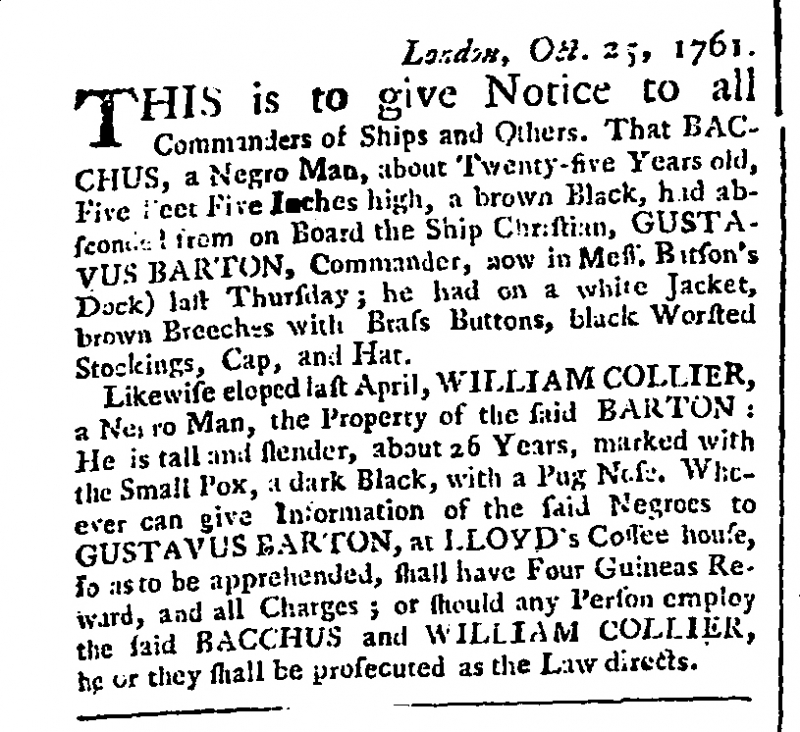
Public Ledger, Or, Daily Register of Commerce and Intelligence, 26 October 1761 (England)
                 London, Oct. 25, 1761.THIS is to give Notice to all Commanders of Ships and Others. That BACCHUS, a Negro Man, about Twenty-five Years old, Five Feet Five Inches high, a brown Black, had absconded from on Board the Ship Christian, GUSTAVUS BARTON, Commander, now in Mess. Barton’s Dock) last Thursday; he had on a white Jacket, brown Breeches with Brass Buttons, black Worsted Stockings, Cap, and Hat.  Likewise eloped last April, WILLIAM COLLIER, a Negro Man, the Property of the said BARTON: He is tall and slender, about 26 Years, marked with the Small Pox, a dark Black, with a Pug Nose. Whoever can give Information of the said Negroes to GUSTAVUS BARTON, at LLOYD’s Coffee house, so as to be apprehended, shall have Four Guineas Reward, and all Charges; or should any Person employ the said BACCHUS and WILLIAM COLLIER, he or they shall be prosecuted as the Law directs.